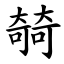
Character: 㚡